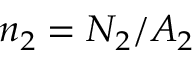
n _ { 2 } = N _ { 2 } / A _ { 2 }